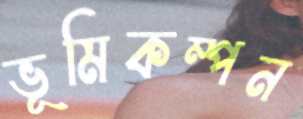
ভূমিকম্পন